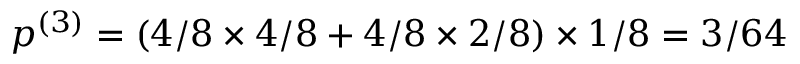
p ^ { ( 3 ) } = ( 4 / 8 \times 4 / 8 + 4 / 8 \times 2 / 8 ) \times 1 / 8 = 3 / 6 4